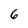
Character: 6